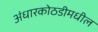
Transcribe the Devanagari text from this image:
अंधारकोठडीमधील